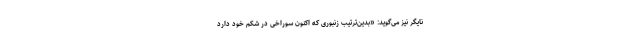
نایگر نیز می‌گوید: «بدین‌ترتیب زنبوری که اکنون سوراخی در شکم خود دارد